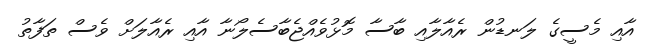
އާއި މެސީގެ ލަނޑުން ރެއާލާއި ބާސާ މޮޅުވެއްޖެބާސެލޯނާ އާއި ރެއާލަށް ވެސް ތަފާތު